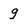
Character: g